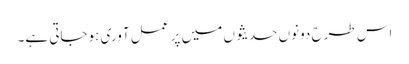
اس طرح دونوں حدیثوں میں پر عمل آوری ہوجاتی ہے۔